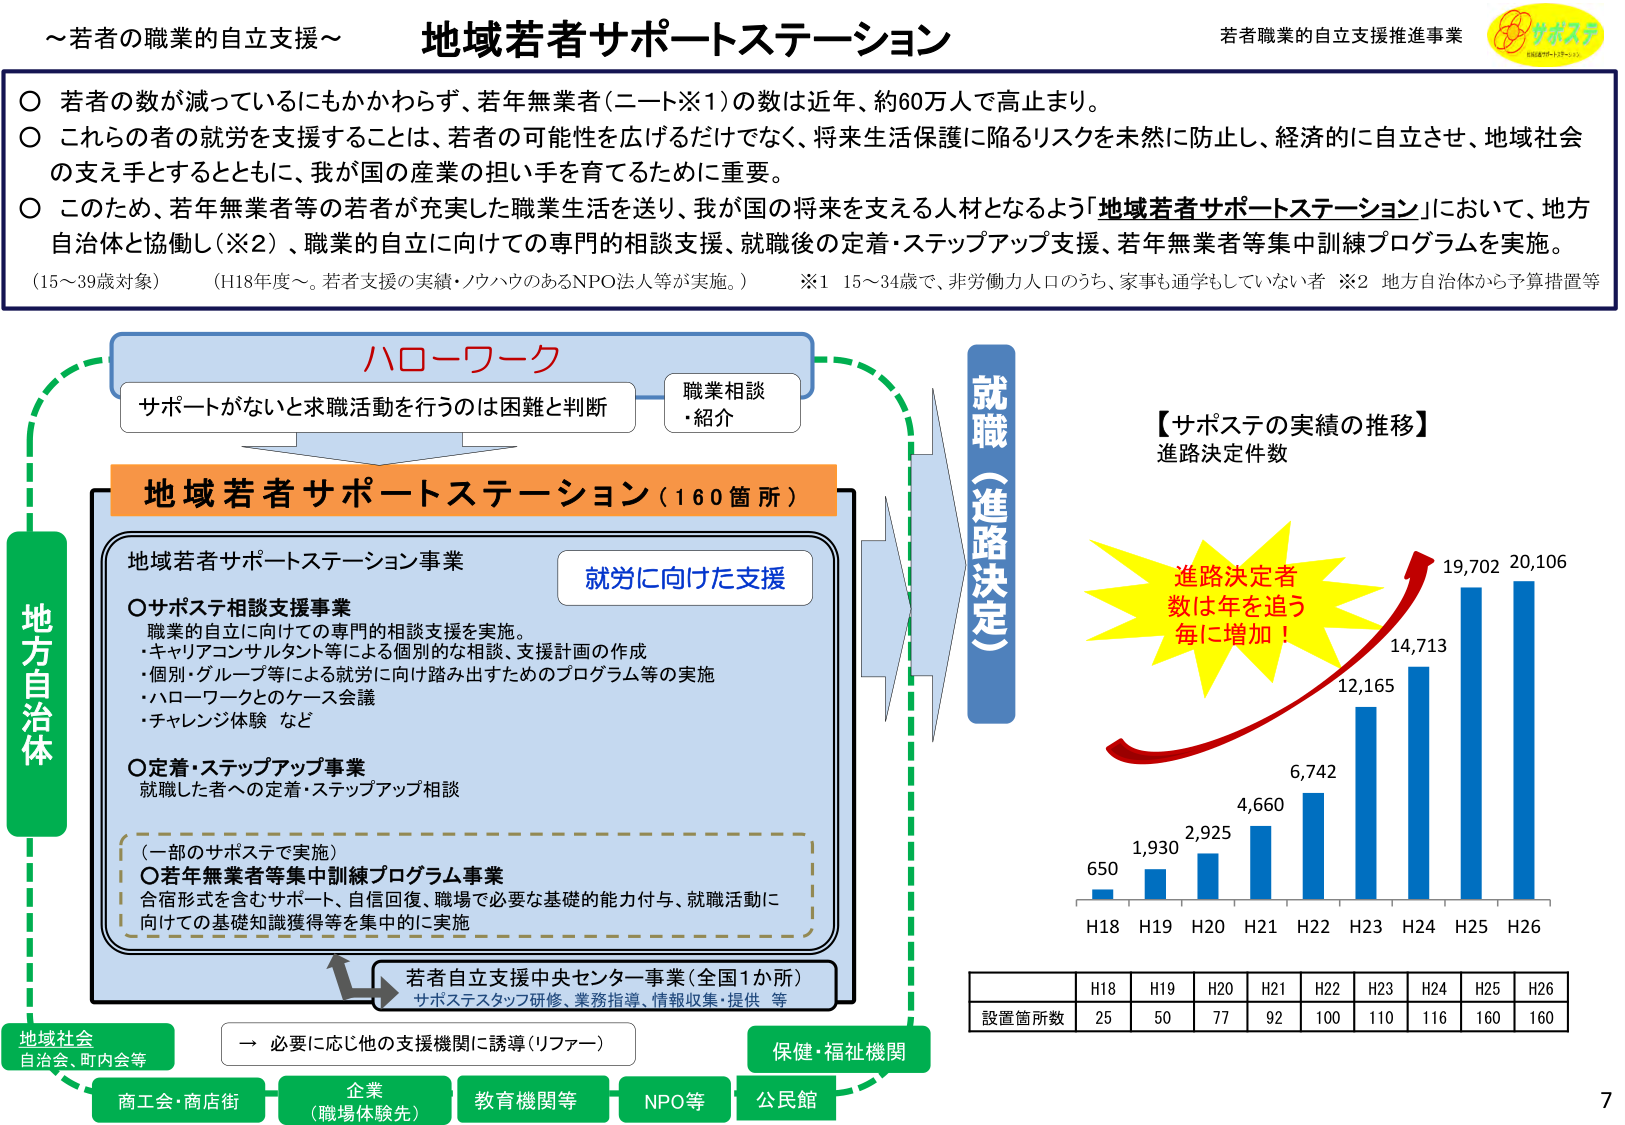
～若者の職業的自立支援～
地域若者サポートステーション
若者職業的自立支援推進事業

○ 若者の数が減っているにもかかわらず、若年無業者（ニート※1）の数は近年、約60万人で高止まり。
○ これらの者の就労を支援することは、若者の可能性を広げるだけでなく、将来生活保護に陥るリスクを未然に防止し、経済的に自立させ、地域社会の支え手とするとともに、我が国の産業の担い手を育てるために重要。
○ このため、若年無業者等の若者が充実した職業生活を送り、我が国の将来を支える人材となるよう「地域若者サポートステーション」において、地方自治体と協働し（※2）、職業的自立に向けての専門的相談支援、就職後の定着・ステップアップ支援、若年無業者等集中訓練プログラムを実施。
（15～39歳対象） （H18年度～。若者支援の実績・ノウハウのあるNPO法人等が実施。）
※1 15～34歳で、非労働力人口のうち、家事も通学もしていない者
※2 地方自治体から予算措置等

ハローワーク
サポートがないと求職活動を行うのは困難と判断
職業相談・紹介

地域若者サポートステーション（160箇所）

地域若者サポートステーション事業
○サポステ相談支援事業
職業的自立に向けての専門的相談支援を実施。
・キャリアコンサルタント等による個別的な相談、支援計画の作成
・個別・グループ等による就労に向け踏み出すためのプログラム等の実施
・ハローワークとのケース会議
・チャレンジ体験 など

○定着・ステップアップ事業
就職した者への定着・ステップアップ相談

（一部のサポステで実施）
○若年無業者等集中訓練プログラム事業
合宿形式を含むサポート、自信回復、職場で必要な基礎的能力付与、就職活動に向けた基礎知識獲得等を集中的に実施

就労に向けた支援

→ 必要に応じ他の支援機関に誘導（リファー）

若者自立支援中央センター事業（全国1か所）
サポステスタッフ研修、業務指導、情報収集・提供 等

地方自治体

【サポステの実績の推移】
進路決定件数

進路決定者数は年を追う毎に増加！
650
1,930
2,925
4,660
6,742
12,165
14,713
19,702
20,106
H18 H19 H20 H21 H22 H23 H24 H25 H26

設定箇所数
H18 25
H19 50
H20 77
H21 92
H22 100
H23 110
H24 116
H25 160
H26 160

地域社会
自治会、町内会等

商工会・商店街
企業（職場体験先）
教育機関等
NPO等
公民館
保健・福祉機関

就職（進路決定）

7